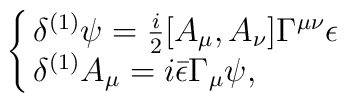
\cases{\delta^{(1)}\psi =\frac{i}{2} [A_\mu,A_\nu]\Gamma^{\mu\nu}\epsilon \cr\delta^{(1)}A_\mu =i{\bar \epsilon}\Gamma_\mu\psi ,}